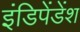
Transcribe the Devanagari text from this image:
इंडिपेंडेंश